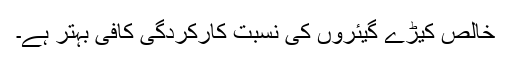
خالص کیڑے گیئروں کی نسبت کارکردگی کافی بہتر ہے۔